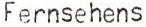
Fernsehens